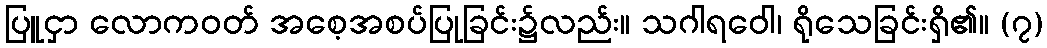
ပြူငှာ လောကဝတ် အစေ့အစပ်ပြုခြင်း၌လည်း။ သဂါရဝေါ၊ ရိုသေခြင်းရှိ၏။ (၇)